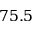
7 5 . 5